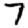
Digit: 7